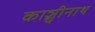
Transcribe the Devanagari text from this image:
काञ्चीनाथ